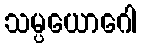
သမ္ပယောဂေါ